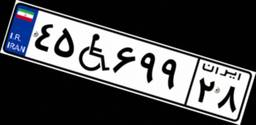
۴۵W۶۹۹۲۸